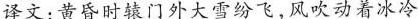
译文：黄昏时辕门外大雪纷飞，风吹动着冰冷